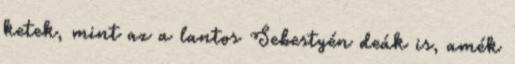
ketek, mint az a lantos Sebestyén deák is, amék